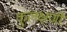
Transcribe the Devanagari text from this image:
कुलक्षणी